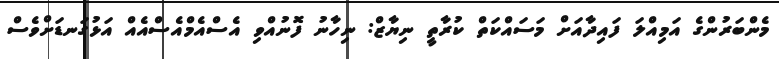
މެންބަރުންގެ އަމިއްލަ ފައިދާއަށް މަސައްކަތް ކުރާތީ ނިޔާޒް: ނިހާނު ފޮނުއްވި އެސްއެމްއެސްއެއް އަޅުގަނޑަށްވެސް